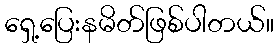
ရှေ့ပြေးနမိတ်ဖြစ်ပါတယ်။